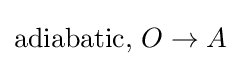
\mathrm {adiabatic} ,\,O\to A